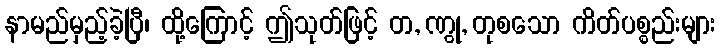
နာမည်မှည့်ခဲ့ပြီ၊ ထို့ကြောင့် ဤသုတ်ဖြင့် တ, ဏွု, တုစသော ကိတ်ပစ္စည်းများ